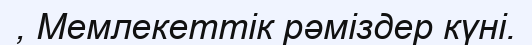
, Мемлекеттік рәміздер күні.